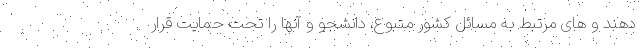
دهند و های مرتبط به مسائل کشور متبوع، دانشجو و آنها را تحت حمایت قرار